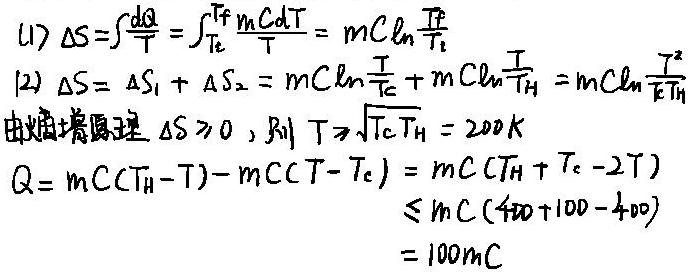
\[
\begin{align*}
(1)\ \Delta S&=\int\frac{dQ}{T}=\int_{T_{c}}^{T_{f}}\frac{mCdT}{T}=mC\ln\frac{T_{f}}{T_{c}}\\
(2)\ \Delta S&=\Delta S_{1}+\Delta S_{2}=mC\ln\frac{T}{T_{c}}+mC\ln\frac{T}{T_{H}}=mC\ln\frac{T^{2}}{T_{c}T_{H}}\\
\text{由熵增原理}\ \Delta S&\geq0,\ \text{则}\ T\geq\sqrt{T_{c}T_{H}} = 200K\\
Q&=mC(T_{H}-T)-mC(T - T_{c})=mC(T_{H}+T_{c}-2T)\\
&\leq mC(400 + 100 - 400)\\
&=100mC
\end{align*}
\]